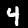
Digit: 4